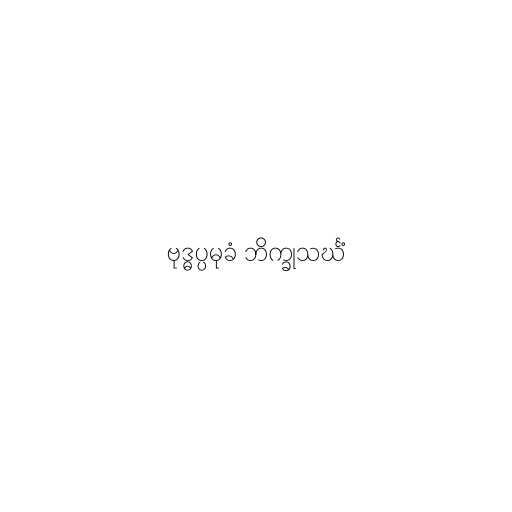
ဗုဒ္ဓပ္ပမုခံ ဘိက္ခုသင်္ဃံ